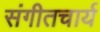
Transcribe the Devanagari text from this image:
संगीतचार्य